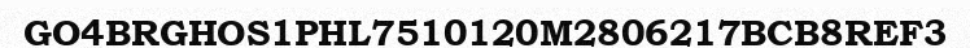
GO4BRGHOS1PHL7510120M2806217BCB8REF3